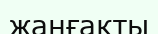
жаңғақты